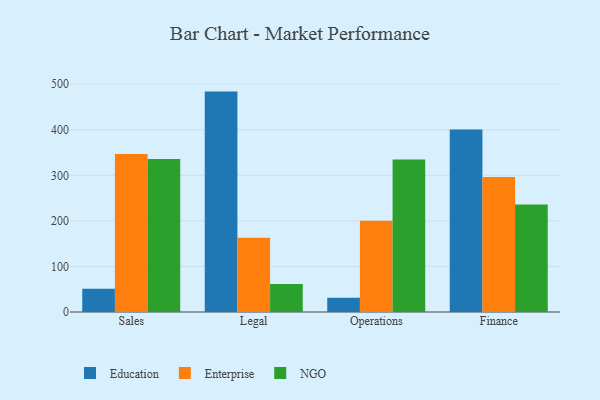
{"axis": {"x": "Department", "y": "Tickets Resolved"}, "legend": ["Education", "Enterprise", "NGO"], "data": [{"x": "Sales", "y": 50.9, "type": "Education"}, {"x": "Sales", "y": 347.1, "type": "Enterprise"}, {"x": "Sales", "y": 335.9, "type": "NGO"}, {"x": "Legal", "y": 483.9, "type": "Education"}, {"x": "Legal", "y": 163.2, "type": "Enterprise"}, {"x": "Legal", "y": 61.4, "type": "NGO"}, {"x": "Operations", "y": 31.5, "type": "Education"}, {"x": "Operations", "y": 200.1, "type": "Enterprise"}, {"x": "Operations", "y": 334.7, "type": "NGO"}, {"x": "Finance", "y": 400.5, "type": "Education"}, {"x": "Finance", "y": 296.6, "type": "Enterprise"}, {"x": "Finance", "y": 235.8, "type": "NGO"}]}